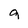
Character: g